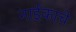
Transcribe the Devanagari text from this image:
नाईकाचे